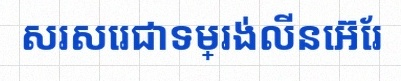
សរសេរជាទម្រង់លីនេអ៊ែរ